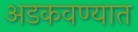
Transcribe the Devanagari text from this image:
अडकवण्यात